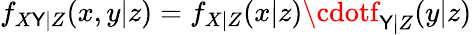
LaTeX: f_{X\mathsf{Y}|Z}(x,y|z)=f_{X|Z}(x|z)\cdotf_{\mathsf{Y}|Z}(y|z)